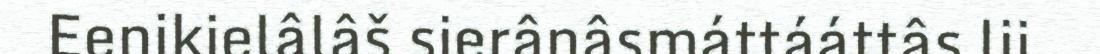
Eenikielâlâš sierânâsmáttááttâs lii